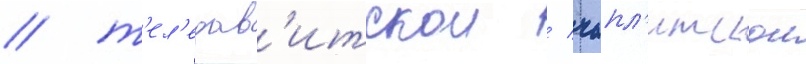
/ т'ел'едав'итскои / чапл'итскои